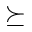
\succeq